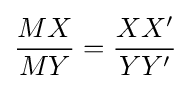
{MX \over MY}={XX' \over YY'}